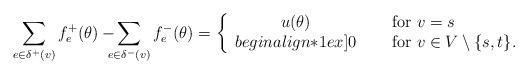
LaTeX: \begin{align*}\sum_{e \in \delta^+(v)} f^+_e (\theta) -\!\!\!\!\sum_{e \in \delta^-(v)} f^-_e (\theta) =\left\{\begin{array}{cl}u(\theta)&\quad\mbox{ for $v=s$ }\\begin{align*}1ex]0&\quad\mbox{ for $v \in V \setminus \{ s,t \}$}.\end{array}\right.\end{align*}